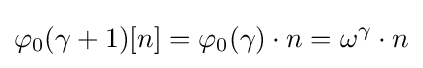
\varphi _{0}(\gamma +1)[n]=\varphi _{0}(\gamma )\cdot n=\omega ^{\gamma }\cdot n